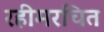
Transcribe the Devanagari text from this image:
रहीमरचित